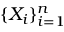
\{ X _ { i } \} _ { i = 1 } ^ { n }